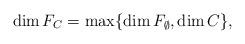
LaTeX: \begin{align*}\dim F_C = \max\{\dim F_\emptyset, \dim C\},\end{align*}